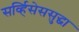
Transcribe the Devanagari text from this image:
सर्व्हिसेससुद्धा